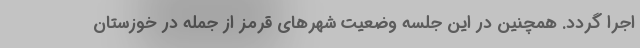
اجرا گردد. همچنین در این جلسه وضعیت شهرهای قرمز از جمله در خوزستان